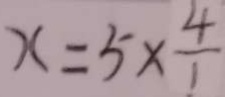
x = 5 \times \frac { 4 } { 1 }